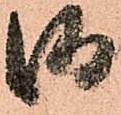
御